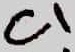
Text: C1